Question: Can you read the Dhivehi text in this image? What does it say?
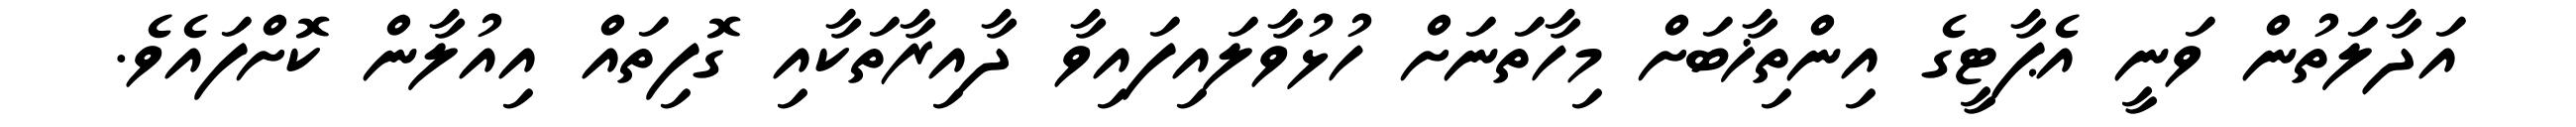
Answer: އަދާލަތުން ވަނީ އެޕާޓީގެ އިންތިޚާބަށް މިހާތަނަށް ހުޅުވާލައިފައިވާ ދާއިރާތަކާއި ގޮފިތައް އިއުލާން ކޮށްފައެވެ.